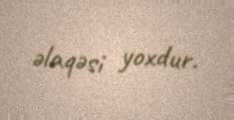
əlaqəsi yoxdur.